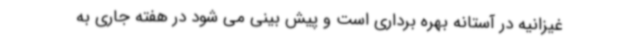
غیزانیه در آستانه بهره برداری است و پیش بینی می شود در هفته جاری به